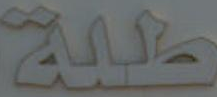
طبة